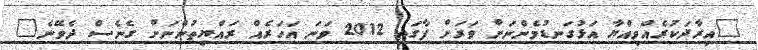
"އިރާދަކުރެއްވިއްޔާ އަޅުގަނޑުމެންނަށް ވަރަށް ފާގަތި 2012 ވަނަ އަހަރެއް ރައްޔިތުންނަށް ގެނެސް ދެވޭނެ"